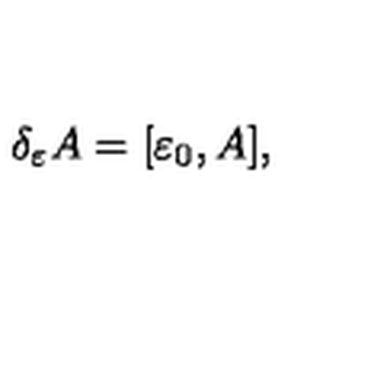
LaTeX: \delta _ { \varepsilon } A = [ \varepsilon _ { 0 } , A ] ,